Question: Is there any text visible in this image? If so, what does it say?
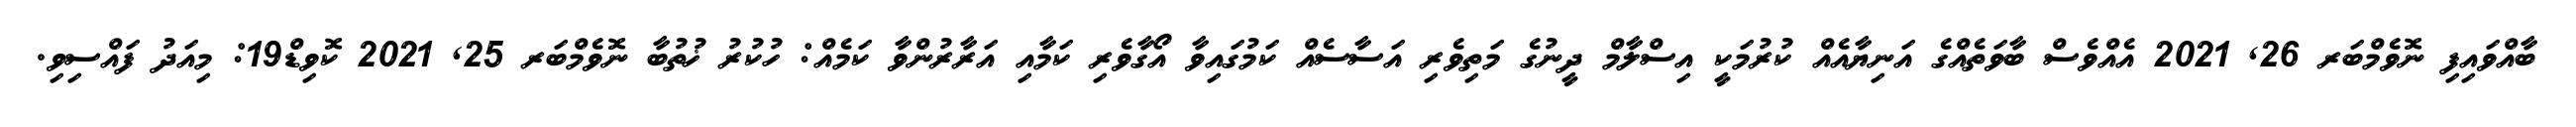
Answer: ބާއްވައިފި ނޮވެމްބަރ 26, 2021 އެއްވެސް ބާވަތެއްގެ އަނިޔާއެއް ކުރުމަކީ އިސްލާމް ދީނުގެ މަތިވެރި އަސާސެއް ކަމުގައިވާ އޯގާވެރި ކަމާއި އަރާރުންވާ ކަމެއް: ހުކުރު ޚުތުބާ ނޮވެމްބަރ 25, 2021 ކޮވިޑް19: މިއަދު ފައްސިވި.